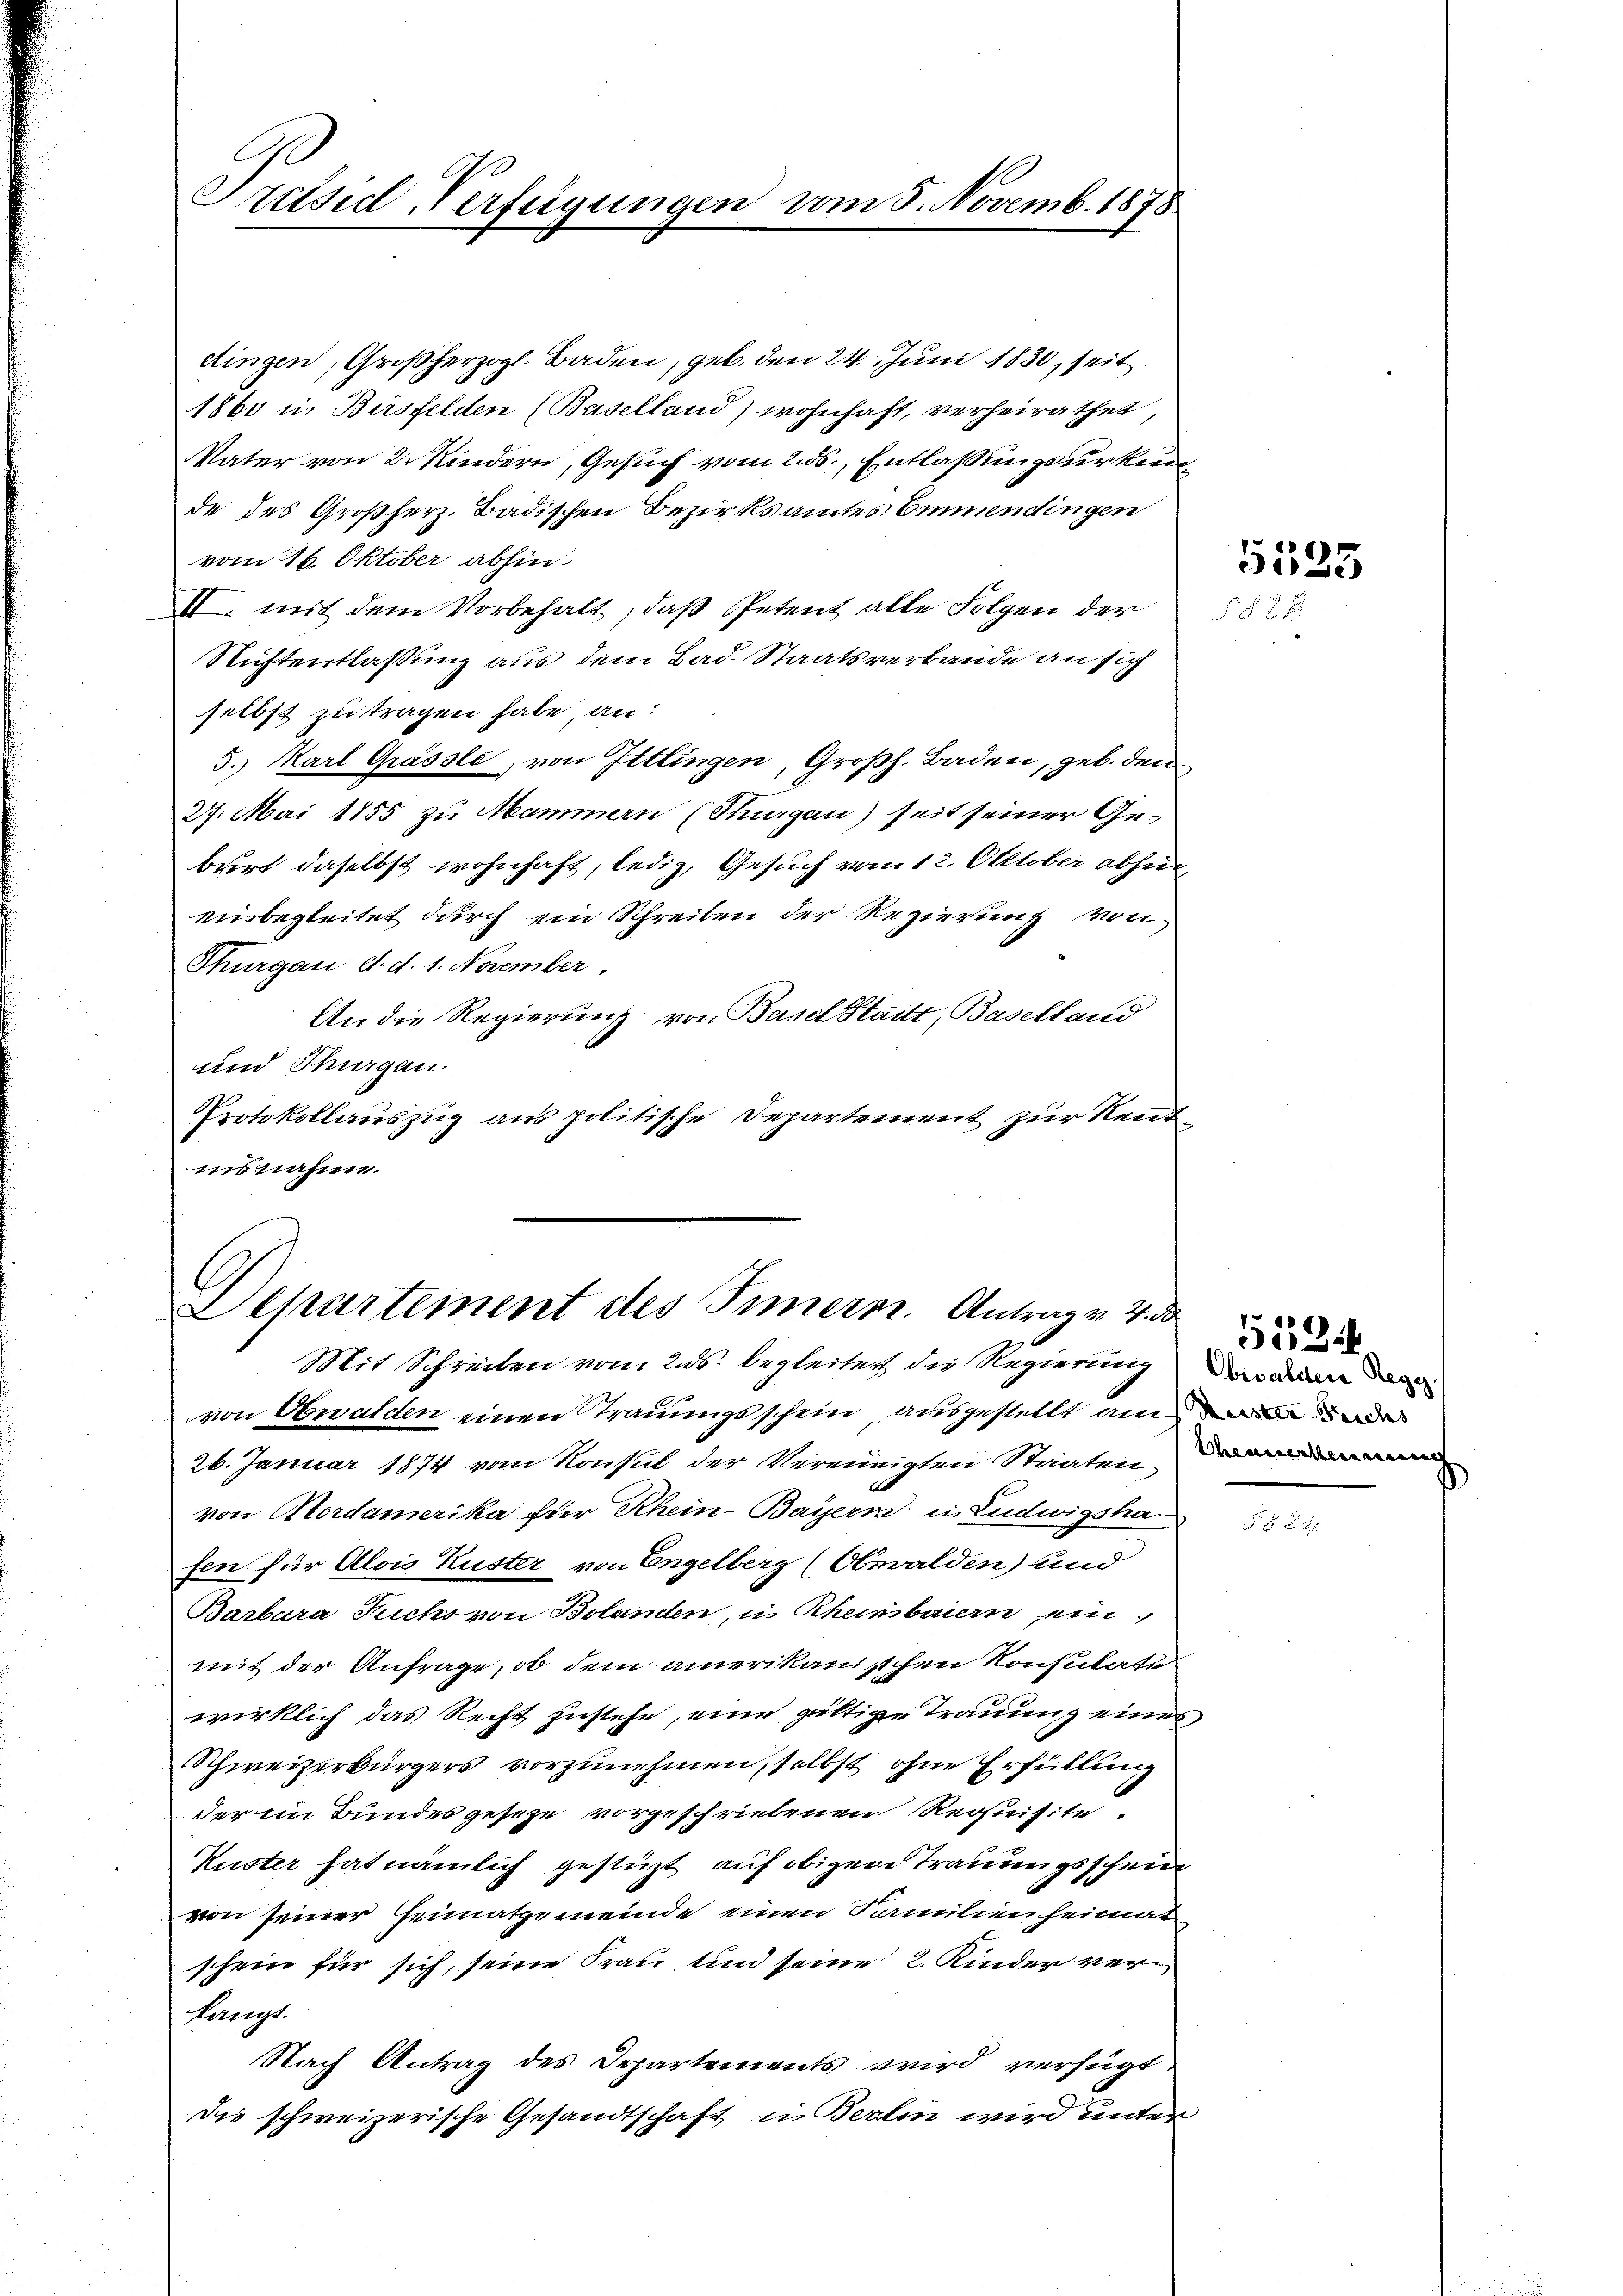
dtingen, Großherzogl. Baden, geb. den 24. Juni 1830, seit
1860 in Birsfelden (Baselland) wohnhaft, verheirathet,
Vater von 2 Kindern, Gesuch vom 256. Entlassungsurkunde des Großherz. Badischen Bezirksamtes Emmendingen
vom 16. Oktober abhin
II mit dem Vorbehalt, daß Petent alle Folgen der
Nichtentlaßung aus dem Bad. Staatsverbande an sich
selbst zu tragen habe, an:
5.) Karl Grässle, von Ittingen, Großh. Baden, geb. den
27. Mai 1855 zu Mammern (Thurgau) seit seiner Geburt daselbst wohnhaft, ledig, Gesuch vom 12. Oktober abhin,
einbegleitet durch ein Schreiben der Regierung von
Thurgau d. d. 1. November.
An die Regierung von Basel Staitt, Baselland
und Thurgau.
Protokollauszug aus politische Departement zur Rend
isnahme.

Präsid-Verfügungen vom 5. Novemb. 1878

Departement des Innern. Antrag v. 4. d
Mit Schreiben vom 2. ds. begleitet, die Regierung der da den

von Obwalden einen Trauungsschein ausgestellt ain de
26. Januar 1874 vom Konsul der Vereinigten Staaten
von Mordamerika für Rhein-Bayern in Ludwigsha
fen für Alois Kuster von Engelberg (Obwalden) und
Barbara Suchs von Belanden, u. Rheinbaiern einmit der Anfrage, ob dem amerikanischen Konsulate
wirklich das Recht zustehe, eine gültige Trauung eines
Schweizerbürgers vorzunehmen, selbst ohne Erfüllung
der im Bundes geseze vorgeschriebenen Requisite.
Kuster hat nämlich gestüzt auf obigen Trauungsschein
von seiner Heimatgemeinde einen Familienheimat
schein für sich, seine Frau und seine 2. Kinder ver¬
1
langt.
Nach Antrag des Departements wird verfügt
die schweizerische Gesandtschaft in Berlin wird unter

5525
§ 52 x

553.